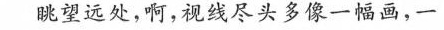
眺望远处，啊，视线尽头多像一幅画，一